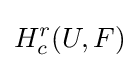
H_{c}^{r}(U,F)